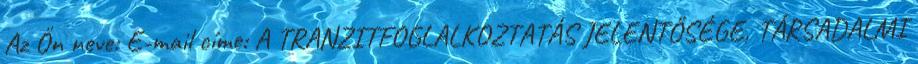
Az Ön neve: E-mail címe: A TRANZITFOGLALKOZTATÁS JELENTŐSÉGE, TÁRSADALMI